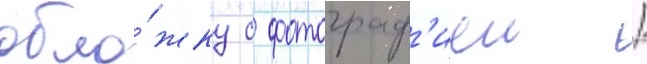
обло́жку с фотограф'иеи /